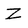
Character: z